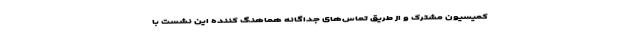
کمیسیون مشترک و از طریق تماس‌های جداگانه هماهنگ کننده این نشست با